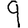
Digit: 9